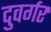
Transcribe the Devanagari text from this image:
दुवर्गर